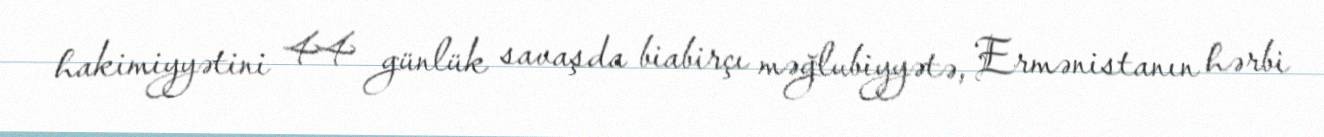
hakimiyyətini 44 günlük savaşda biabirçı məğlubiyyətə, Ermənistanın hərbi